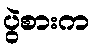
ပွဲစားက